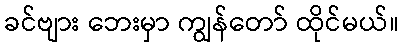
ခင်ဗျား ဘေးမှာ ကျွန်တော် ထိုင်မယ်။